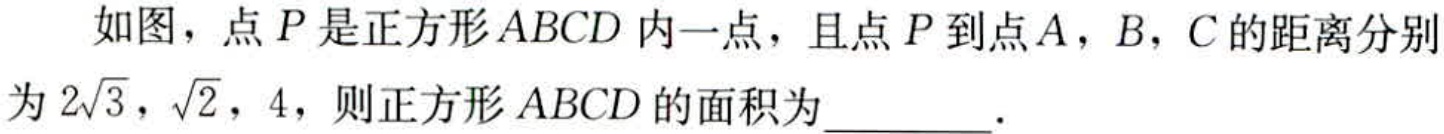
如图，点\(P\)是正方形\(ABCD\)内一点，且点\(P\)到点\(A\)，\(B\)，\(C\)的距离分别为\(2\sqrt{3}\)，\(\sqrt{2}\)，\(4\)，则正方形\(ABCD\)的面积为  ．